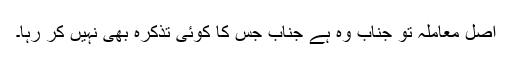
اصل معاملہ تو جناب وہ ہے جناب جس کا کوئی تذکرہ بھی نہیں کر رہا۔